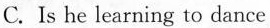
C. Is he learning to dance